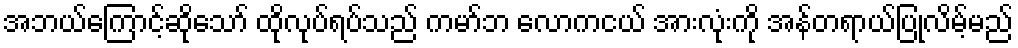
အဘယ်ကြောင့်ဆိုသော် ထိုလုပ်ရပ်သည် ကမာ်ဘ လောကငယ် အားလုံးကို အန်တရာယ်ပြုလိမ့်မည်